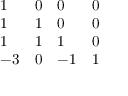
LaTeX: \begin{array} { l l l l } { { 1 } } & { { 0 } } & { { 0 } } & { { 0 } } \\ { { 1 } } & { { 1 } } & { { 0 } } & { { 0 } } \\ { { 1 } } & { { 1 } } & { { 1 } } & { { 0 } } \\ { { - 3 } } & { { 0 } } & { { - 1 } } & { { 1 } } \end{array}